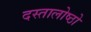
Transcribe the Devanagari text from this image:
दस्तालोष्ठो